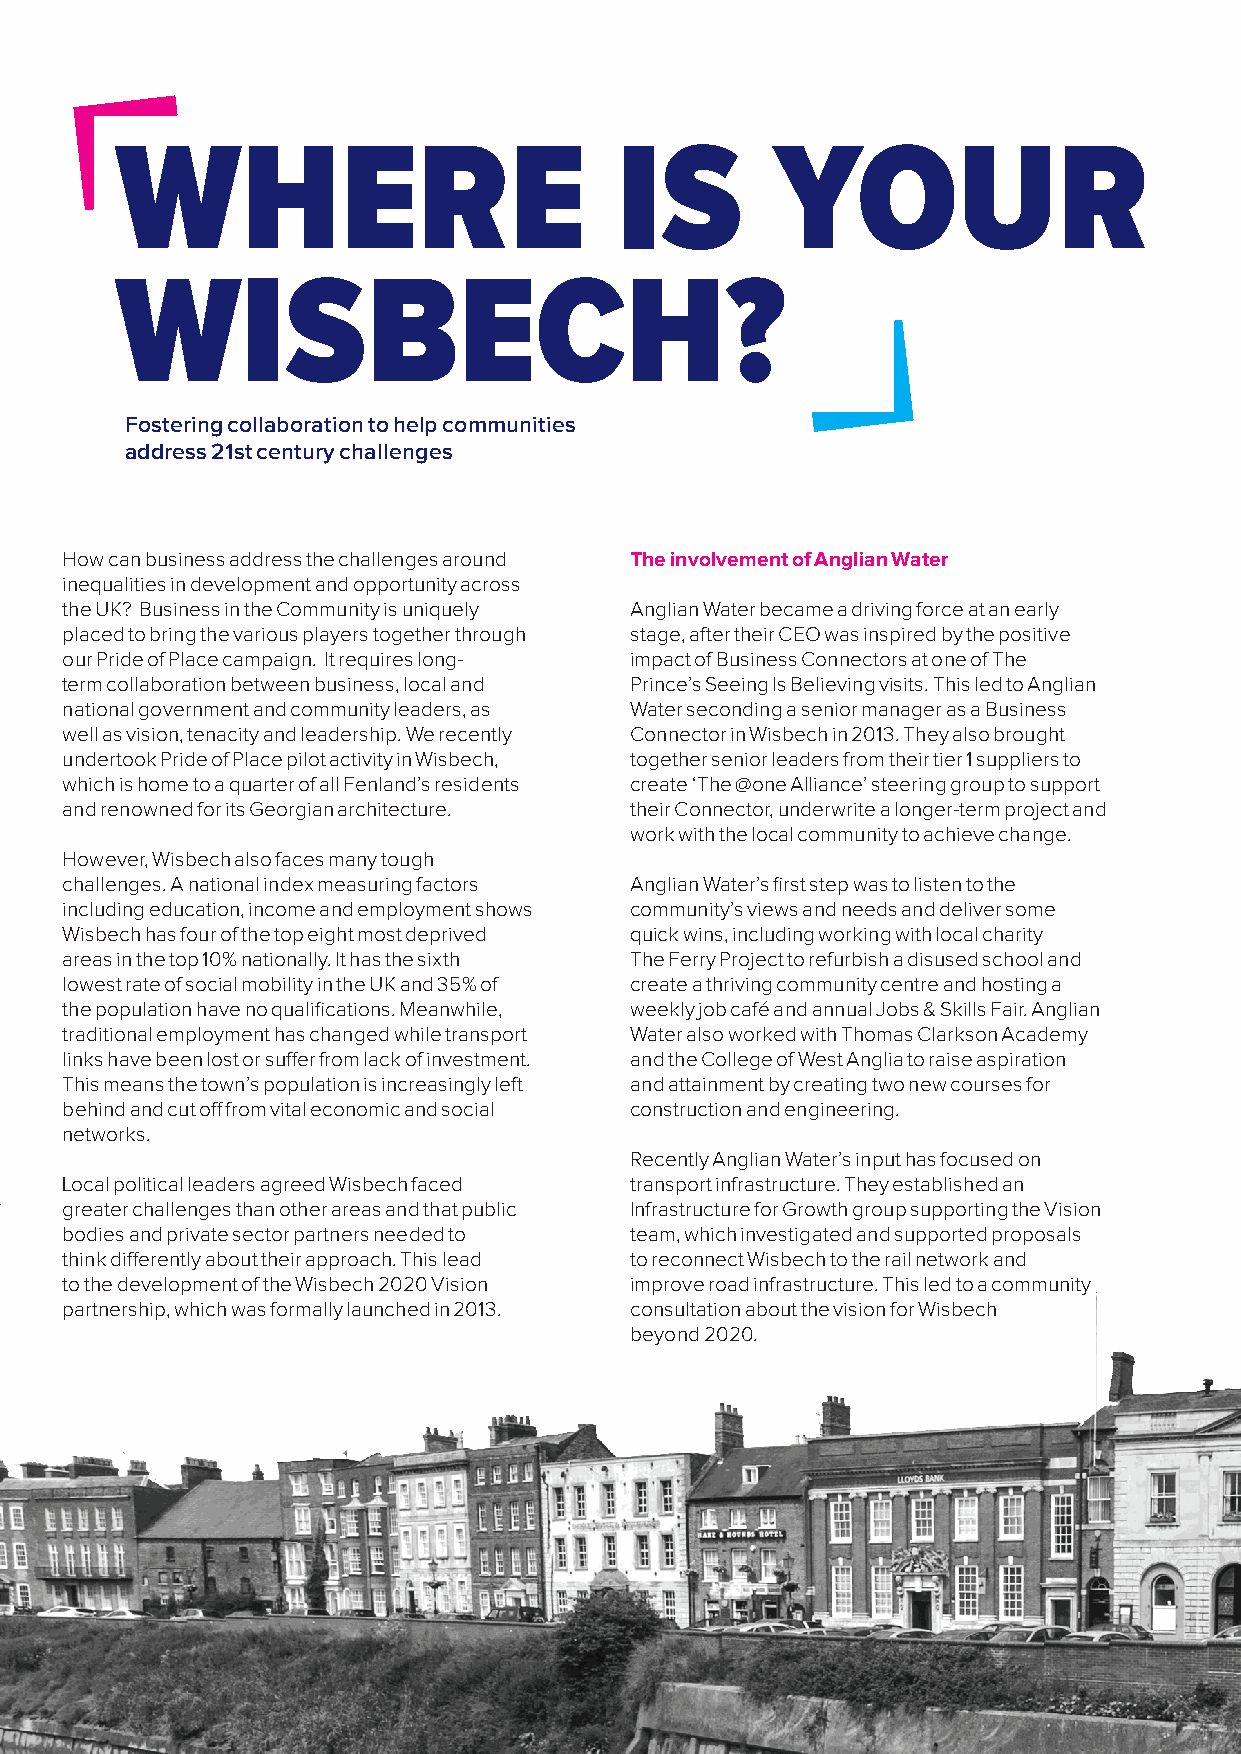
WHERE                            IS        YOUR
 WISBECH?
 Fostering collaboration to help communities
 address 21st century challenges
 How can business address the challenges around The involvement of Anglian Water
 inequalities in development and opportunity across
 the UK? Business in the Community is uniquely Anglian Water became a driving force at an early
 placed to bring the various players together through stage, after their CEO was inspired by the positive
 our Pride of Place campaign. It requires long- impact of Business Connectors at one of The
 term collaboration between business, local and Prince’s Seeing Is Believing visits. This led to Anglian
 national government and community leaders, as Water seconding a senior manager as a Business
 well as vision, tenacity and leadership. We recently Connector in Wisbech in 2013. They also brought
 undertook Pride of Place pilot activity in Wisbech, together senior leaders from their tier 1 suppliers to
 which is home to a quarter of all Fenland’s residents create ‘The @one Alliance’ steering group to support
 and renowned for its Georgian architecture. their Connector, underwrite a longer-term project and
 work with the local community to achieve change.
 However, Wisbech also faces many tough
 challenges. A national index measuring factors Anglian Water’s first step was to listen to the
 including education, income and employment shows community’s views and needs and deliver some
 Wisbech has four of the top eight most deprived quick wins, including working with local charity
 areas in the top 10% nationally. It has the sixth The Ferry Project to refurbish a disused school and
 lowest rate of social mobility in the UK and 35% of create a thriving community centre and hosting a
 the population have no qualifications. Meanwhile, weekly job café and annual Jobs & Skills Fair. Anglian
 traditional employment has changed while transport Water also worked with Thomas Clarkson Academy
 links have been lost or suffer from lack of investment. and the College of West Anglia to raise aspiration
 This means the town’s population is increasingly left and attainment by creating two new courses for
 behind and cut off from vital economic and social construction and engineering.
 networks.
 Recently Anglian Water’s input has focused on
 Local political leaders agreed Wisbech faced transport infrastructure. They established an
 ww  greater challenges than other areas and that public Infrastructure for Growth group supporting the Vision
 bodies and private sector partners needed to team, which investigated and supported proposals
 think differently about their approach. This lead to reconnect Wisbech to the rail network and
 to the development of the Wisbech 2020 Vision improve road infrastructure. This led to a community
 partnership, which was formally launched in 2013. consultation about the vision for Wisbech
 beyond 2020.